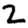
Digit: 2